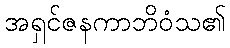
အရှင်ဇနကာဘိဝံသ၏